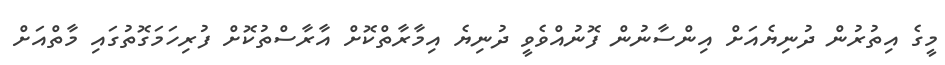
މީގެ އިތުރުން ދުނިޔެއަށް އިންސާނުން ފޮނުއްވެވީ ދުނިޔެ އިމާރާތްކޮށް އާރާސްތުކޮށް ފުރިހަމަގޮތުގައި މާތްއަށް